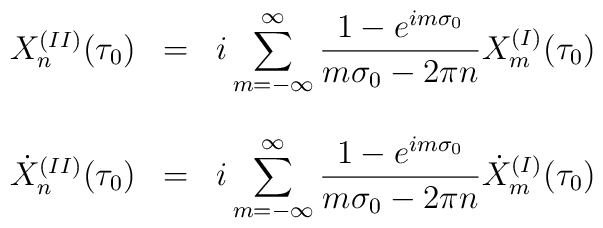
\begin{array}{lcl}X_n^{(II)}(\tau_0) &  = &   {\displaystyle i \sum_{m=-\infty}^{\infty}\frac{1- e^{im\sigma_0}}{m\sigma_0 - 2\pi n} X_m^{(I)}(\tau_0) } \\ & & \\{\dot X}_n^{(II)}(\tau_0) & = & {\displaystyle i\sum_{m=-\infty}^{\infty} \frac{1- e^{im\sigma_0}}{m\sigma_0 - 2\pi n}{\dot X}_m^{(I)}(\tau_0) }\end{array}